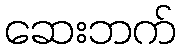
ဆေးဘက်